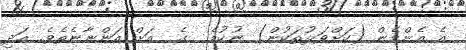
އެ އެންމެން (ކަށްވަޅުތަކުން) ނުކުމެ  ގެ  އަށް އަންނާނެތެވެ. އަދި